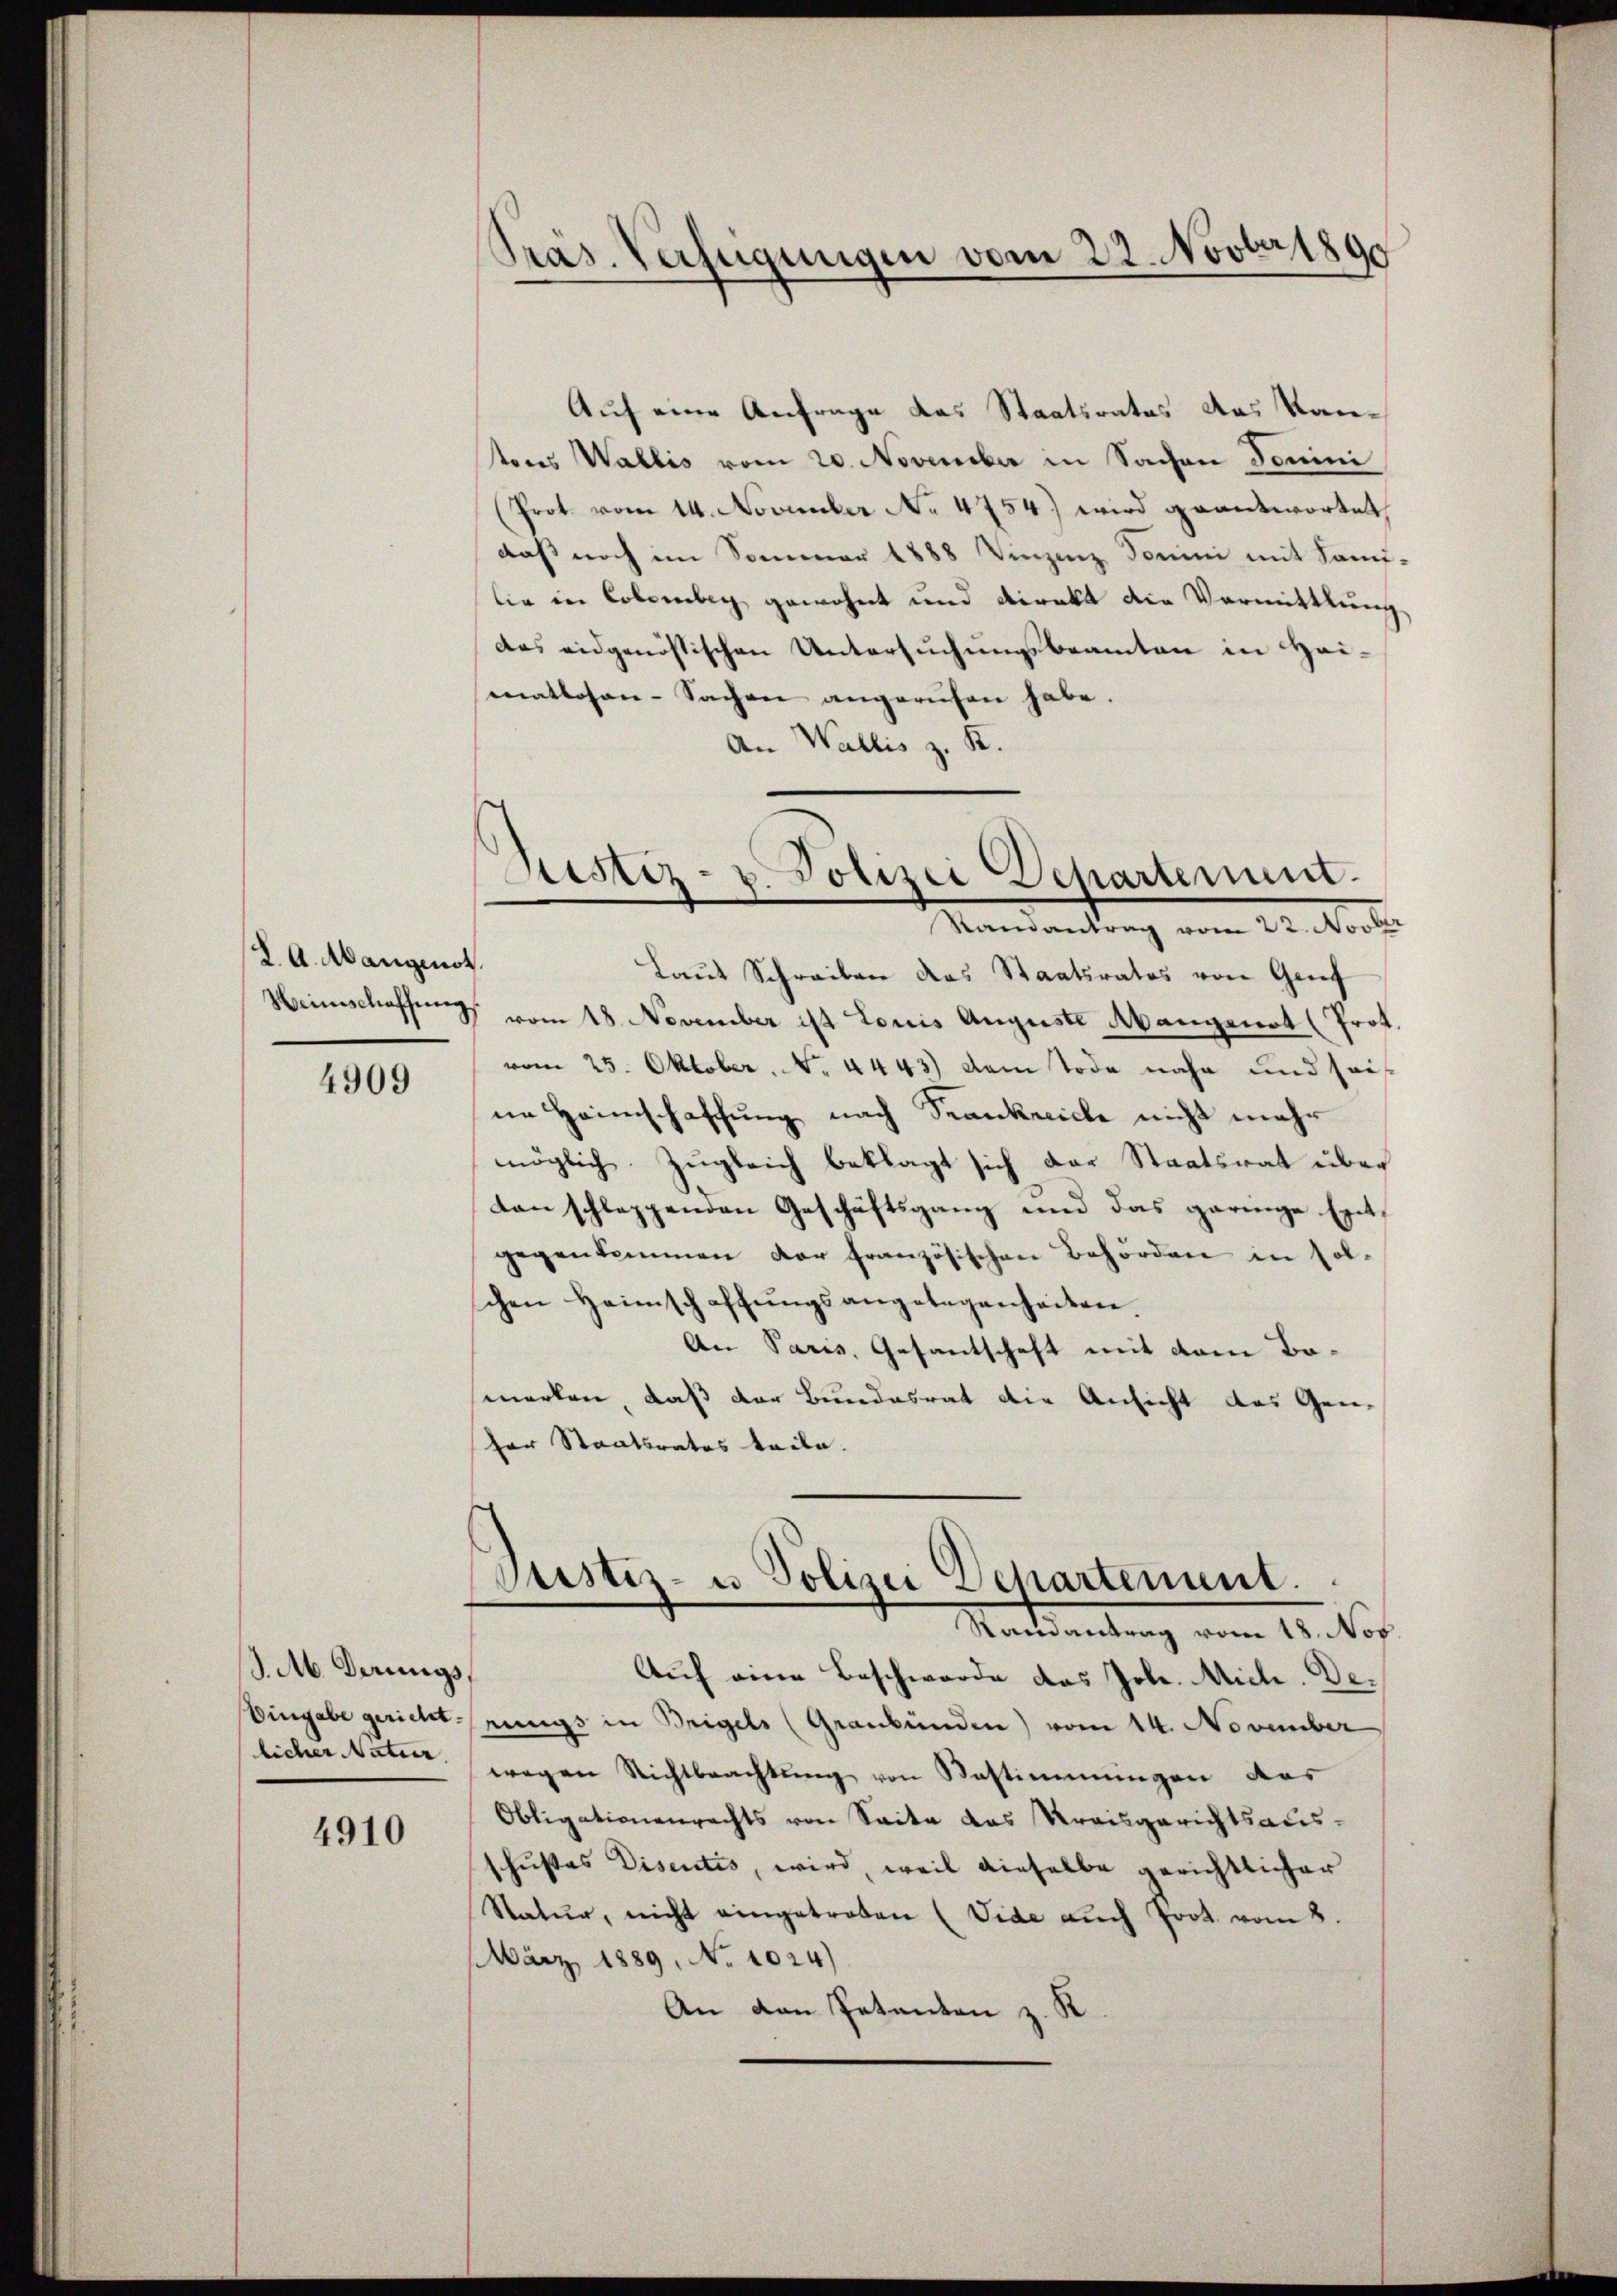
J. A. Mangenot.
Weinschaffung

4909

S. M. Derungs,
licher Natur.

4910

Präs. Verfügungen vom 22. Novber 1890

Auf eine Anfrage das Staatsrates das Kantons Wallis vom 20. November in Sachen Domini
(Prot. vom 14. November No. 4754) wird geantwortet,
daß noch im Sommer 1888 Vinzenz Sonini mit Somi-
lie in Collenbey gewohnt und direkt die Vormittlung,
das eidgenössischen Untersuchungsbeamten in Heimatlosen-Sachen angerufen habe.
An Wallis z. K.

Sistiz- u. Polizei Departement.
Mandankung vom 22. Mit

Laut Schreiben das Staatsrates von Genf
vom 18. November ist Louis Auguste Abangenot (Prot.
vom 25. Oktober. No. 4443) Dem Tode nahe und seine Heimschaffung nach Spankreiche nicht mehr
möglich Zugleich beklagt sich der Staatsrat über
ton schleppenden Geschäftsgang und das geringe Entgegenkommen der französischen Behörden in solschen Heimschaffŭngsangelegenheiten.
An Paris, Gesantschaft mit vom Bomerken, daß der Bundesrat die Ansicht das Gene
ser Staatsrates teile.

Justiz- u Polizei Departement.
Staatsartung vom 14. No.

Auf eine Beschwerde das Joh. Mich. De¬
Eingabe gericht eings in Bregels (Graubünden) vom 14. November
wegen Nichtbeachtung von Bestimmungen des
Obligationenrechts von Seite das Kreisgerichtsausschustes Disentis, wird, weil dieselbe gerichtlicher
Natur, nicht eingetreten (Vide auch Prot. vom 8.
März 1889, No 1024)
An den Petanton z. K.